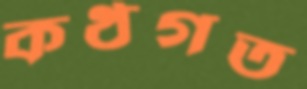
কণ্ঠগত